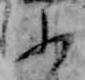
ふ